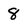
Character: 8